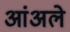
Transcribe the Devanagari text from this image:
आंअले